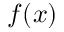
f ( x )